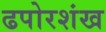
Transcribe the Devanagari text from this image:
ढपोरशंख